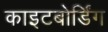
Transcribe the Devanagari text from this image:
काइटबोर्डिंग